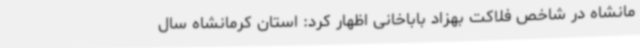
مانشاه در شاخص فلاکت بهزاد باباخانی اظهار کرد: استان کرمانشاه سال